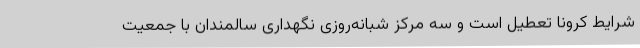
شرایط کرونا تعطیل است و سه مرکز شبانه‌روزی نگهداری سالمندان با جمعیت